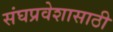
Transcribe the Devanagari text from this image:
संघप्रवेशासाठी